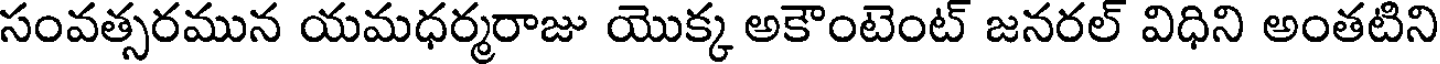
సంవత్సరమున యమధర్మరాజు యొక్క అకౌంటెంట్ జనరల్ విధిని అంతటిని